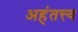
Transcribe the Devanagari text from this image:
अहंतत्त्व